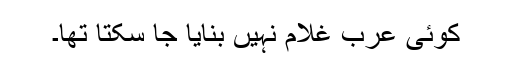
کوئی عرب غلام نہیں بنایا جا سکتا تھا۔